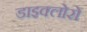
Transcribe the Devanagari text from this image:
डाइक्लोरो